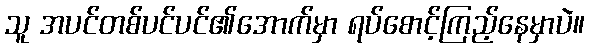
သူ အပင်တစ်ပင်ပင်၏အောက်မှာ ရပ်စောင့်ကြည့်နေမှာပဲ။